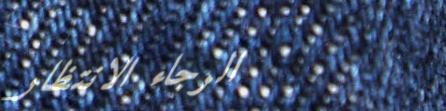
الرجاء الانتظار